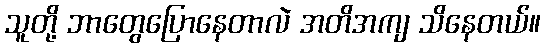
သူတို့ ဘာတွေပြောနေတာလဲ အတိအကျ သိနေတယ်။